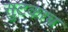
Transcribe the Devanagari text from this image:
सुटकाच